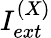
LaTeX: I_{ext}^{(X)}